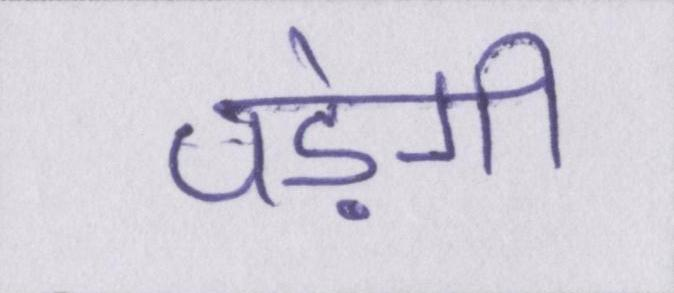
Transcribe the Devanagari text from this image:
पड़ेगी